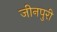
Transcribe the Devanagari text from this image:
जीनपुरी